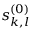
s _ { k , l } ^ { ( 0 ) }